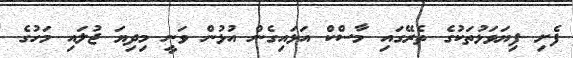
ފެށި ފިޔަވަޅުތަކުގެ ތެރޭގައި މާސްކް އަޅައިގެން އުޅުން ވަނީ މިދިޔަ ޖުލައި މަހުގެ